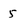
Character: 5